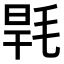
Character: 𣭸